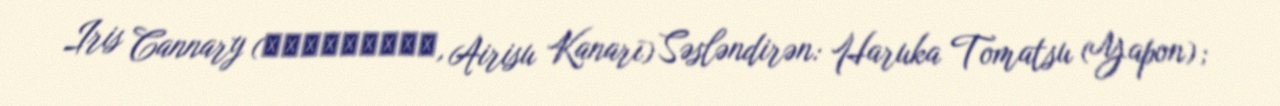
Iris Cannary (アイリス・カナリー, Airisu Kanarī) Səsləndirən: Haruka Tomatsu (Yapon);